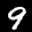
Label: 9